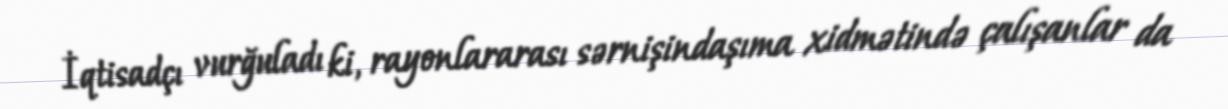
İqtisadçı vurğuladı ki, rayonlararası sərnişindaşıma xidmətində çalışanlar da